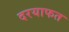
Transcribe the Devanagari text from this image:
दरयाफत